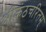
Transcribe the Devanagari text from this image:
श्रीकंठचरितम्‌